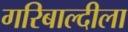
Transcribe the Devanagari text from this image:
गरिबाल्दीला